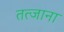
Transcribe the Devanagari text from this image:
तत्जाना